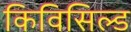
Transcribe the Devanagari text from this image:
किविसिल्ड